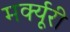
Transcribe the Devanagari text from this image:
मर्क्यूरी